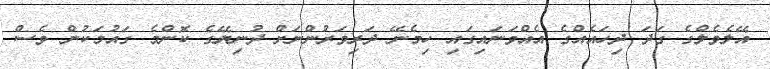
އޭލެވެލްގެ ގަދަ ދިހައެއްގެ އެއްވަނައިގައި ހިމެނޭ ދަރިވަރުންނަށް ދުނިޔޭގެ ކޮންމެ ގައުމަކުން ވެސް